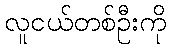
လူငယ်တစ်ဦးကို